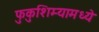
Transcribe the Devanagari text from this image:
फुकुशिम्यामध्ये